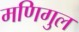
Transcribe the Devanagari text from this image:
मणिगुल